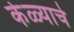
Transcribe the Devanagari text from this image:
केळ्याचे